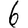
Digit: 6